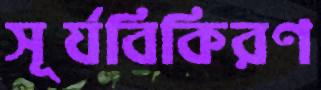
সূর্যবিকিরণ